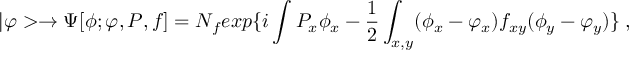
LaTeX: | \varphi > \to \Psi [ \phi ; \varphi , { \cal P } , f ] = N _ { f } e x p \{ i \int { \cal P } _ { x } \phi _ { x } - { \frac { 1 } { 2 } } \int _ { x , y } ( \phi _ { x } - \varphi _ { x } ) f _ { x y } ( \phi _ { y } - \varphi _ { y } ) \} \; ,